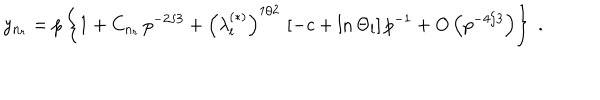
y _ { n _ { r } } = p \left\{ 1 + C _ { n _ { r } } \, p ^ { - 2 / 3 } + \left( \lambda _ { l } ^ { ( \ast ) } \right) ^ { 1 / 2 } \, \left[ - c + \ln \Theta _ { l } \right] p ^ { - 1 } + O \left( p ^ { - 4 / 3 } \right) \right\} \; .